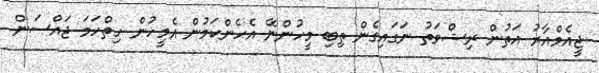
ޖީއެމްއާރު އަތުން ރިޝްވަތު ނަގައިގެން ތިބި މީހުންނޭ އެހެންކަމުން އެމީހުން ހިތްހަމަ ޖައްސަން